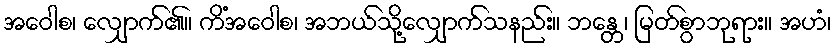
အဝေါစ၊ လျှောက်၏။ ကိံအဝေါစ၊ အဘယ်သို့လျှောက်သနည်း။ ဘန္တေ၊ မြတ်စွာဘုရား။ အဟံ၊